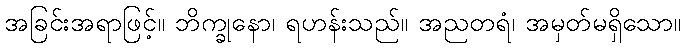
အခြင်းအရာဖြင့်။ ဘိက္ခုနော၊ ရဟန်းသည်။ အညတရံ၊ အမှတ်မရှိသော။